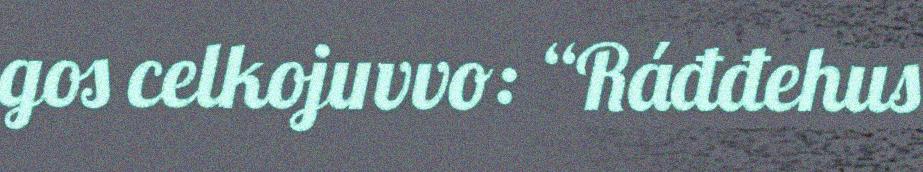
gos celkojuvvo: “Ráđđehus